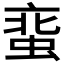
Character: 𧋲